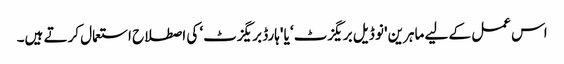
اس عمل کے لیے ماہرین 'نو ڈیل بریگزٹ‘ یا 'ہارڈ بریگزٹ‘ کی اصطلاح استعمال کرتے ہیں۔